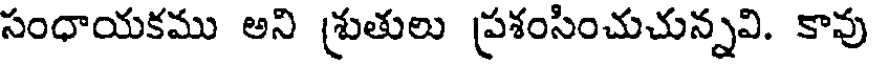
సంధాయకము అని శ్రుతులు ప్రశంసించుచున్నవి. కావు